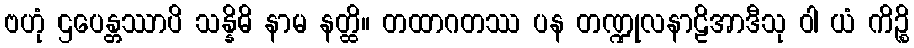
ဗဟုံ ဌပေန္တဿာပိ သန္နိဓိ နာမ နတ္ထိ။ တထာဂတဿ ပန တဏ္ဍုလနာဠိအာဒီသု ဝါ ယံ ကိဉ္စိ